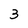
Character: 3